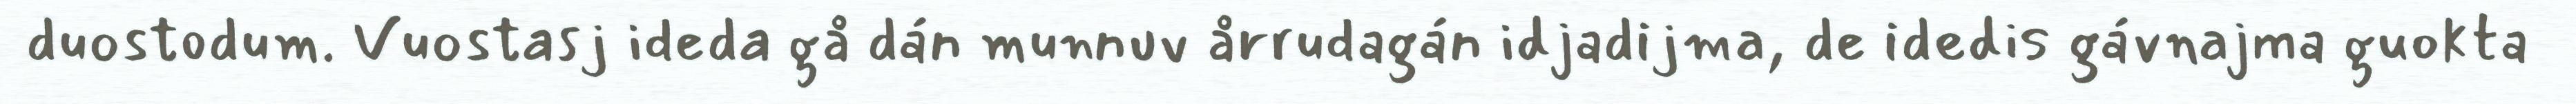
duostodum. Vuostasj ideda gå dán munnuv årrudagán idjadijma, de idedis gávnajma guokta